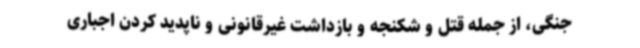
جنگی، از جمله قتل و شکنجه و بازداشت غیرقانونی و ناپدید کردن اجباری